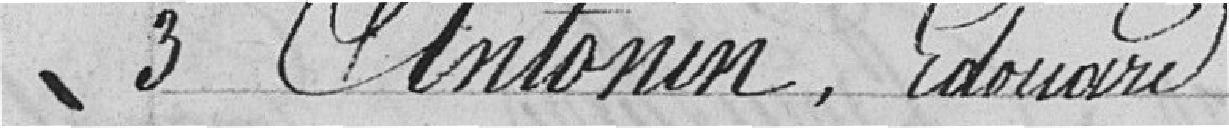
3 Antonin, Edouard